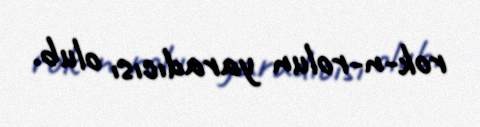
rok-n-rolun yaradıcısı olub.